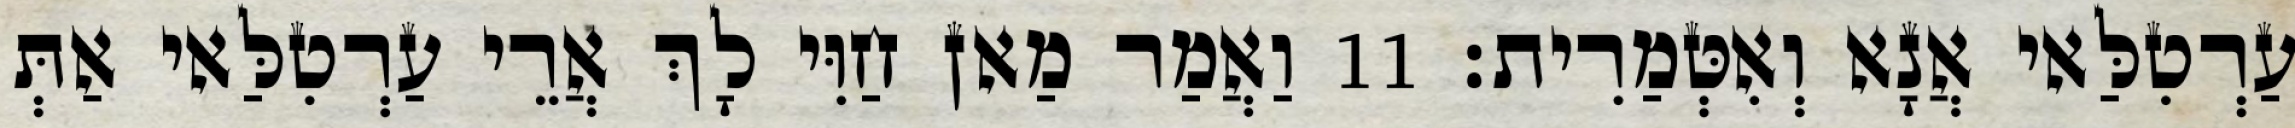
עַרְטִלַּאי אֲנָא וְאִטְּמַרִית׃ 11 וַאֲמַר מַאן חַוִּי לָךְ אֲרֵי עַרְטִלַּאי אַתְּ